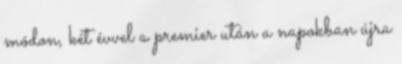
módon, két évvel a premier után a napokban újra